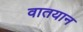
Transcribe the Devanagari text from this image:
वातयान